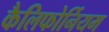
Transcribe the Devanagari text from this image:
कैलिफोर्नियम